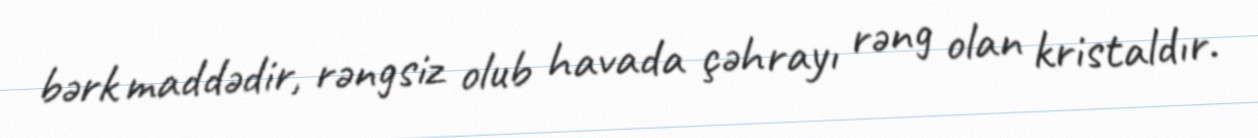
bərk maddədir, rəngsiz olub havada çəhrayı rəng olan kristaldır.